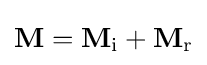
\mathbf {M} =\mathbf {M} _{\text{i}}+\mathbf {M} _{\text{r}}